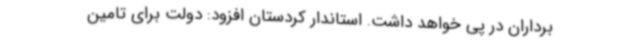
برداران در پی خواهد داشت. استاندار کردستان افزود: دولت برای تامین